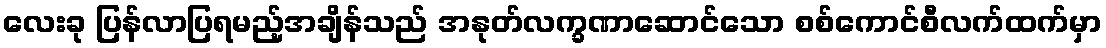
လေးခု ပြန်လာပြရမည့်အချိန်သည် အနုတ်လက္ခဏာဆောင်သော စစ်ကောင်စီလက်ထက်မှာ